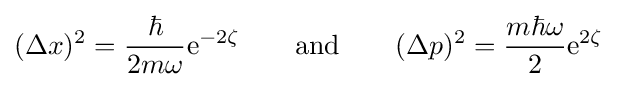
(\Delta x)^{2}={\frac {\hbar }{2m\omega }}\mathrm {e} ^{-2\zeta }\qquad {\text{and}}\qquad (\Delta p)^{2}={\frac {m\hbar \omega }{2}}\mathrm {e} ^{2\zeta }